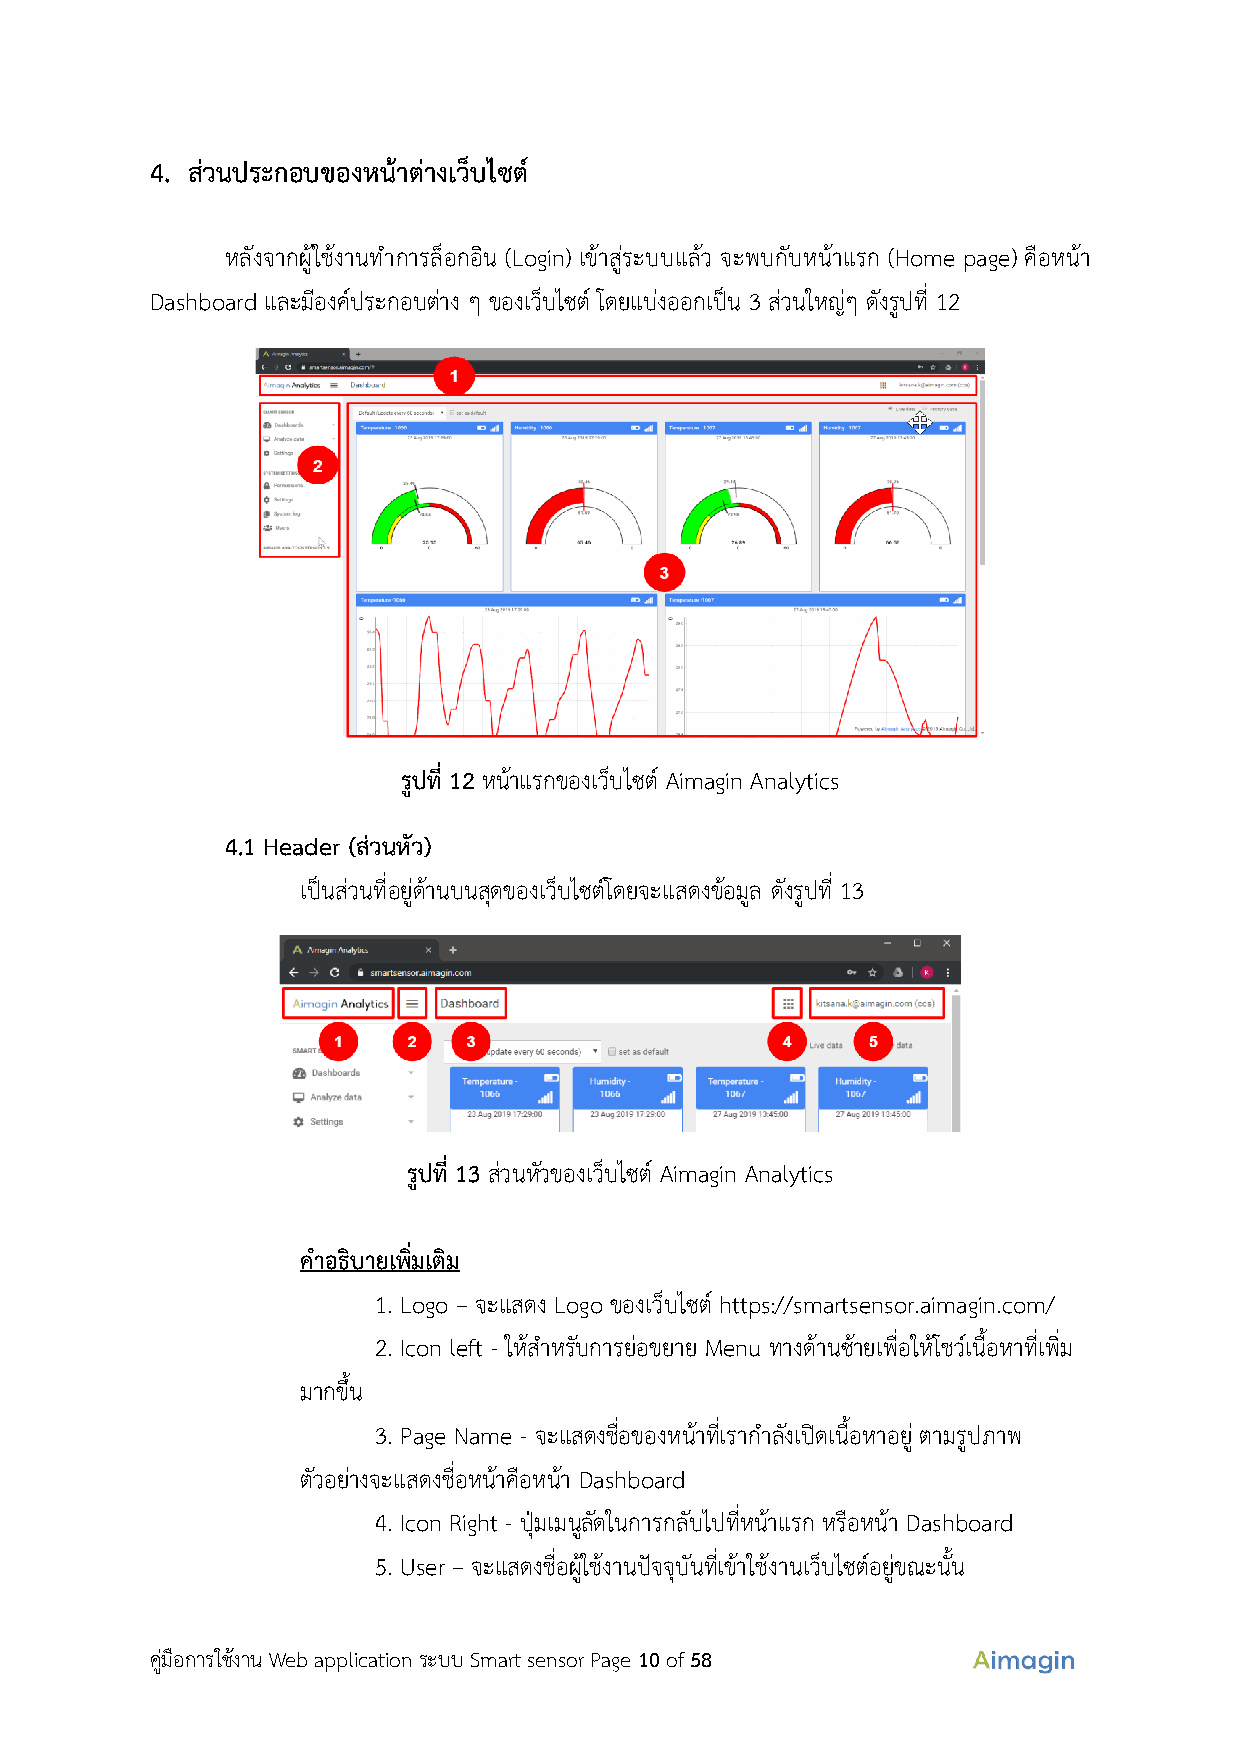
4. ส่วนประกอบของหน้าต่างเว็บไซต์
 หลังจากผู้ใช้งานทำการล็อกอิน (Login) เข้าสู่ระบบแล้ว จะพบกับหน้าแรก (Home page) คือหน้า
 Dashboard และมีองค์ประกอบต่าง ๆ ของเว็บไซต์ โดยแบ่งออกเป็น 3 ส่วนใหญ่ๆ ดงั รูปที่ 12
 รูปที่ 12 หน้าแรกของเว็บไซต์ Aimagin Analytics
 4.1 Header (ส่วนหัว)
 เป็นส่วนที่อยู่ด้านบนสุดของเว็บไซต์โดยจะแสดงข้อมูล ดงั รูปที่ 13
 รูปท ี่ 13 ส่วนหัวของเว็บไซต์ Aimagin Analytics
 คำอธิบายเพิ่มเติม
 1. Logo – จะแสดง Logo ของเว็บไซต์ https://smartsensor.aimagin.com/
 2. Icon left - ให้สำหรับการย่อขยาย Menu ทางด้านซ้ายเพื่อให้โชว์เนื้อหาที่เพิ่ม
 มากขึ้น
 3. Page Name - จะแสดงชื่อของหน้าที่เรากำลังเปิดเนื้อหาอยู่ ตามรูปภาพ
 ตัวอย่างจะแสดงชื่อหน้าคือหน้า Dashboard
 4. Icon Right - ปุ่มเมนูลัดในการกลับไปที่หน้าแรก หรือหน้า Dashboard
 5. User – จะแสดงชื่อผู้ใช้งานปัจจุบันที่เข้าใช้งานเว็บไซต์อยู่ขณะนั้น
 คู่มือการใช้งาน Web application ระบบ Smart sensor Page 10 of 58